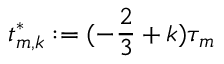
t _ { m , k } ^ { * } : = ( - \frac 2 3 + k ) \tau _ { m }